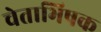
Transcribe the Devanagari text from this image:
चेताभिषक